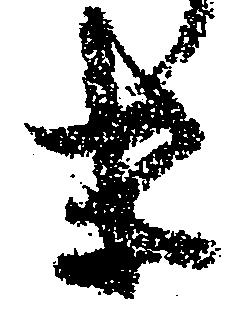
末